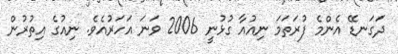
ދަގަނޑޭ އެންމެ ފުރަތަމަ ނިއުއާ ގުޅުނީ 2006 ވަނަ އަހަރުއެވެ. ނިއުގެ އިތުރުން